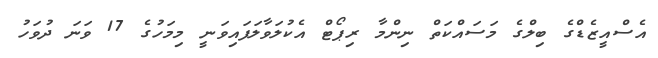
އެސްއީޒެޑްގެ ބިލްގެ މަސައްކަތް ނިންމާ ރިޕޯޓް އެކުލަވާލަފައިވަނީ މިމަހުގެ 17 ވަނަ ދުވަހު